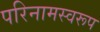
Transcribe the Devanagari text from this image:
परिनामस्वरूप